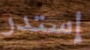
إستدر